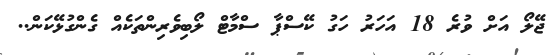
ޖޭލޯ އަށް ވުރެ 18 އަހަރު ހަގު ކޭސްޕާ ސްމާޓް ލޯބިވެރިންތަކެއް ގެންގުޅޭކަން..